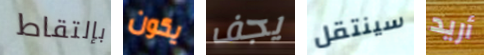
بإلتقاط يكون يجف سينتقل أريد